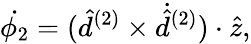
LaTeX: \dot{\phi_{2}}=(\hat{d}^{(2)}\times\dot{\hat{d}}^{(2)})\cdot\hat{z},